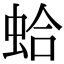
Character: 蛤